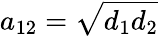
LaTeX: a_{\mathrm{12}}=\sqrt{d_{\mathrm{1}}d_{\mathrm{2}}}